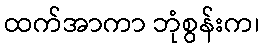
ထက်အာကာ ဘုံစွန်းက၊